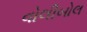
વોલીબોલ